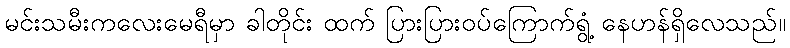
မင်းသမီးကလေးမေရီမှာ ခါတိုင်း ထက် ပြားပြားဝပ်ကြောက်ရွံ့ နေဟန်ရှိလေသည်။